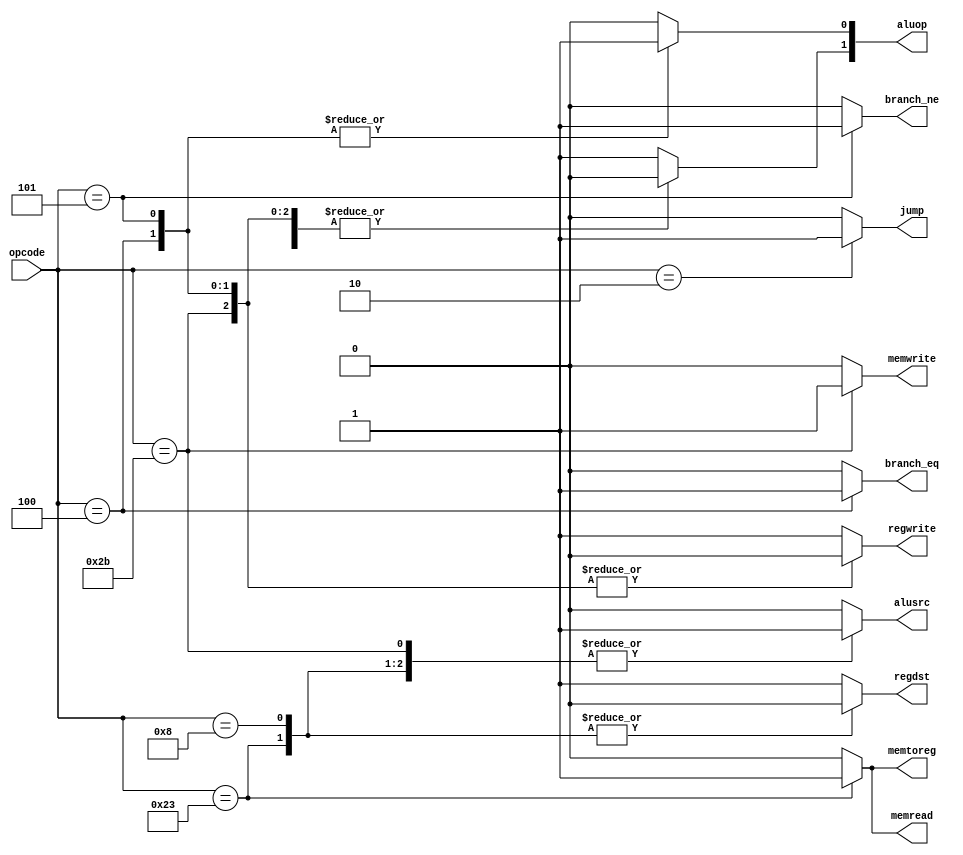
`ifndef _control
`define _control

module control(
		input  wire	[5:0]	opcode,
		output reg			branch_eq, branch_ne,
		output reg [1:0]	aluop,
		output reg			memread, memwrite, memtoreg,
		output reg			regdst, regwrite, alusrc,
		output reg			jump);

	always @(*) begin
		/* defaults */
		aluop[1:0]	<= 2'b10;
		alusrc		<= 1'b0;
		branch_eq	<= 1'b0;
		branch_ne	<= 1'b0;
		memread		<= 1'b0;
		memtoreg	<= 1'b0;
		memwrite	<= 1'b0;
		regdst		<= 1'b1;
		regwrite	<= 1'b1;
		jump		<= 1'b0;

		case (opcode)
			6'b100011: begin	/* lw */
				memread  <= 1'b1;
				regdst   <= 1'b0;
				memtoreg <= 1'b1;
				aluop[1] <= 1'b0;
				alusrc   <= 1'b1;
			end
			6'b001000: begin	/* addi */
				regdst   <= 1'b0;
				aluop[1] <= 1'b0;
				alusrc   <= 1'b1;
			end
			6'b000100: begin	/* beq */
				aluop[0]  <= 1'b1;
				aluop[1]  <= 1'b0;
				branch_eq <= 1'b1;
				regwrite  <= 1'b0;
			end
			6'b101011: begin	/* sw */
				memwrite <= 1'b1;
				aluop[1] <= 1'b0;
				alusrc   <= 1'b1;
				regwrite <= 1'b0;
			end
			6'b000101: begin	/* bne */
				aluop[0]  <= 1'b1;
				aluop[1]  <= 1'b0;
				branch_ne <= 1'b1;
				regwrite  <= 1'b0;
			end
			6'b000000: begin	/* add */
			end
			6'b000010: begin	/* j jump */
				jump <= 1'b1;
			end
		endcase
	end
endmodule

`endif